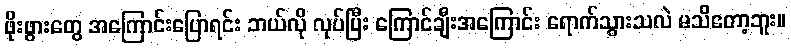
ဖိုးဖွားတွေ အကြောင်းပြောရင်း ဘယ်လို လုပ်ပြီး ကြောင်ချီးအကြောင်း ရောက်သွားသလဲ မသိတော့ဘူး။